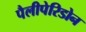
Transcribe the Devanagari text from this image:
पैलीपेरिडोन